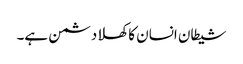
شیطان انسان کا کھلا دشمن ہے۔